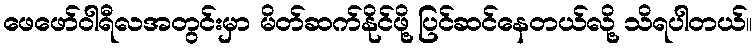
ဖေဖော်ဝါရီလအတွင်းမှာ မိတ်ဆက်နိုင်ဖို့ ပြင်ဆင်နေတယ်လို့ သိရပါတယ်။